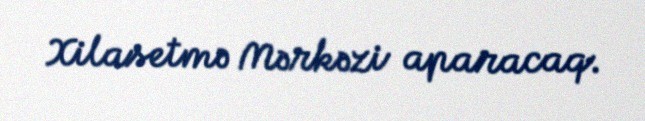
Xilasetmə Mərkəzi aparacaq.